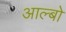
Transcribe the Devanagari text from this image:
आल्बो